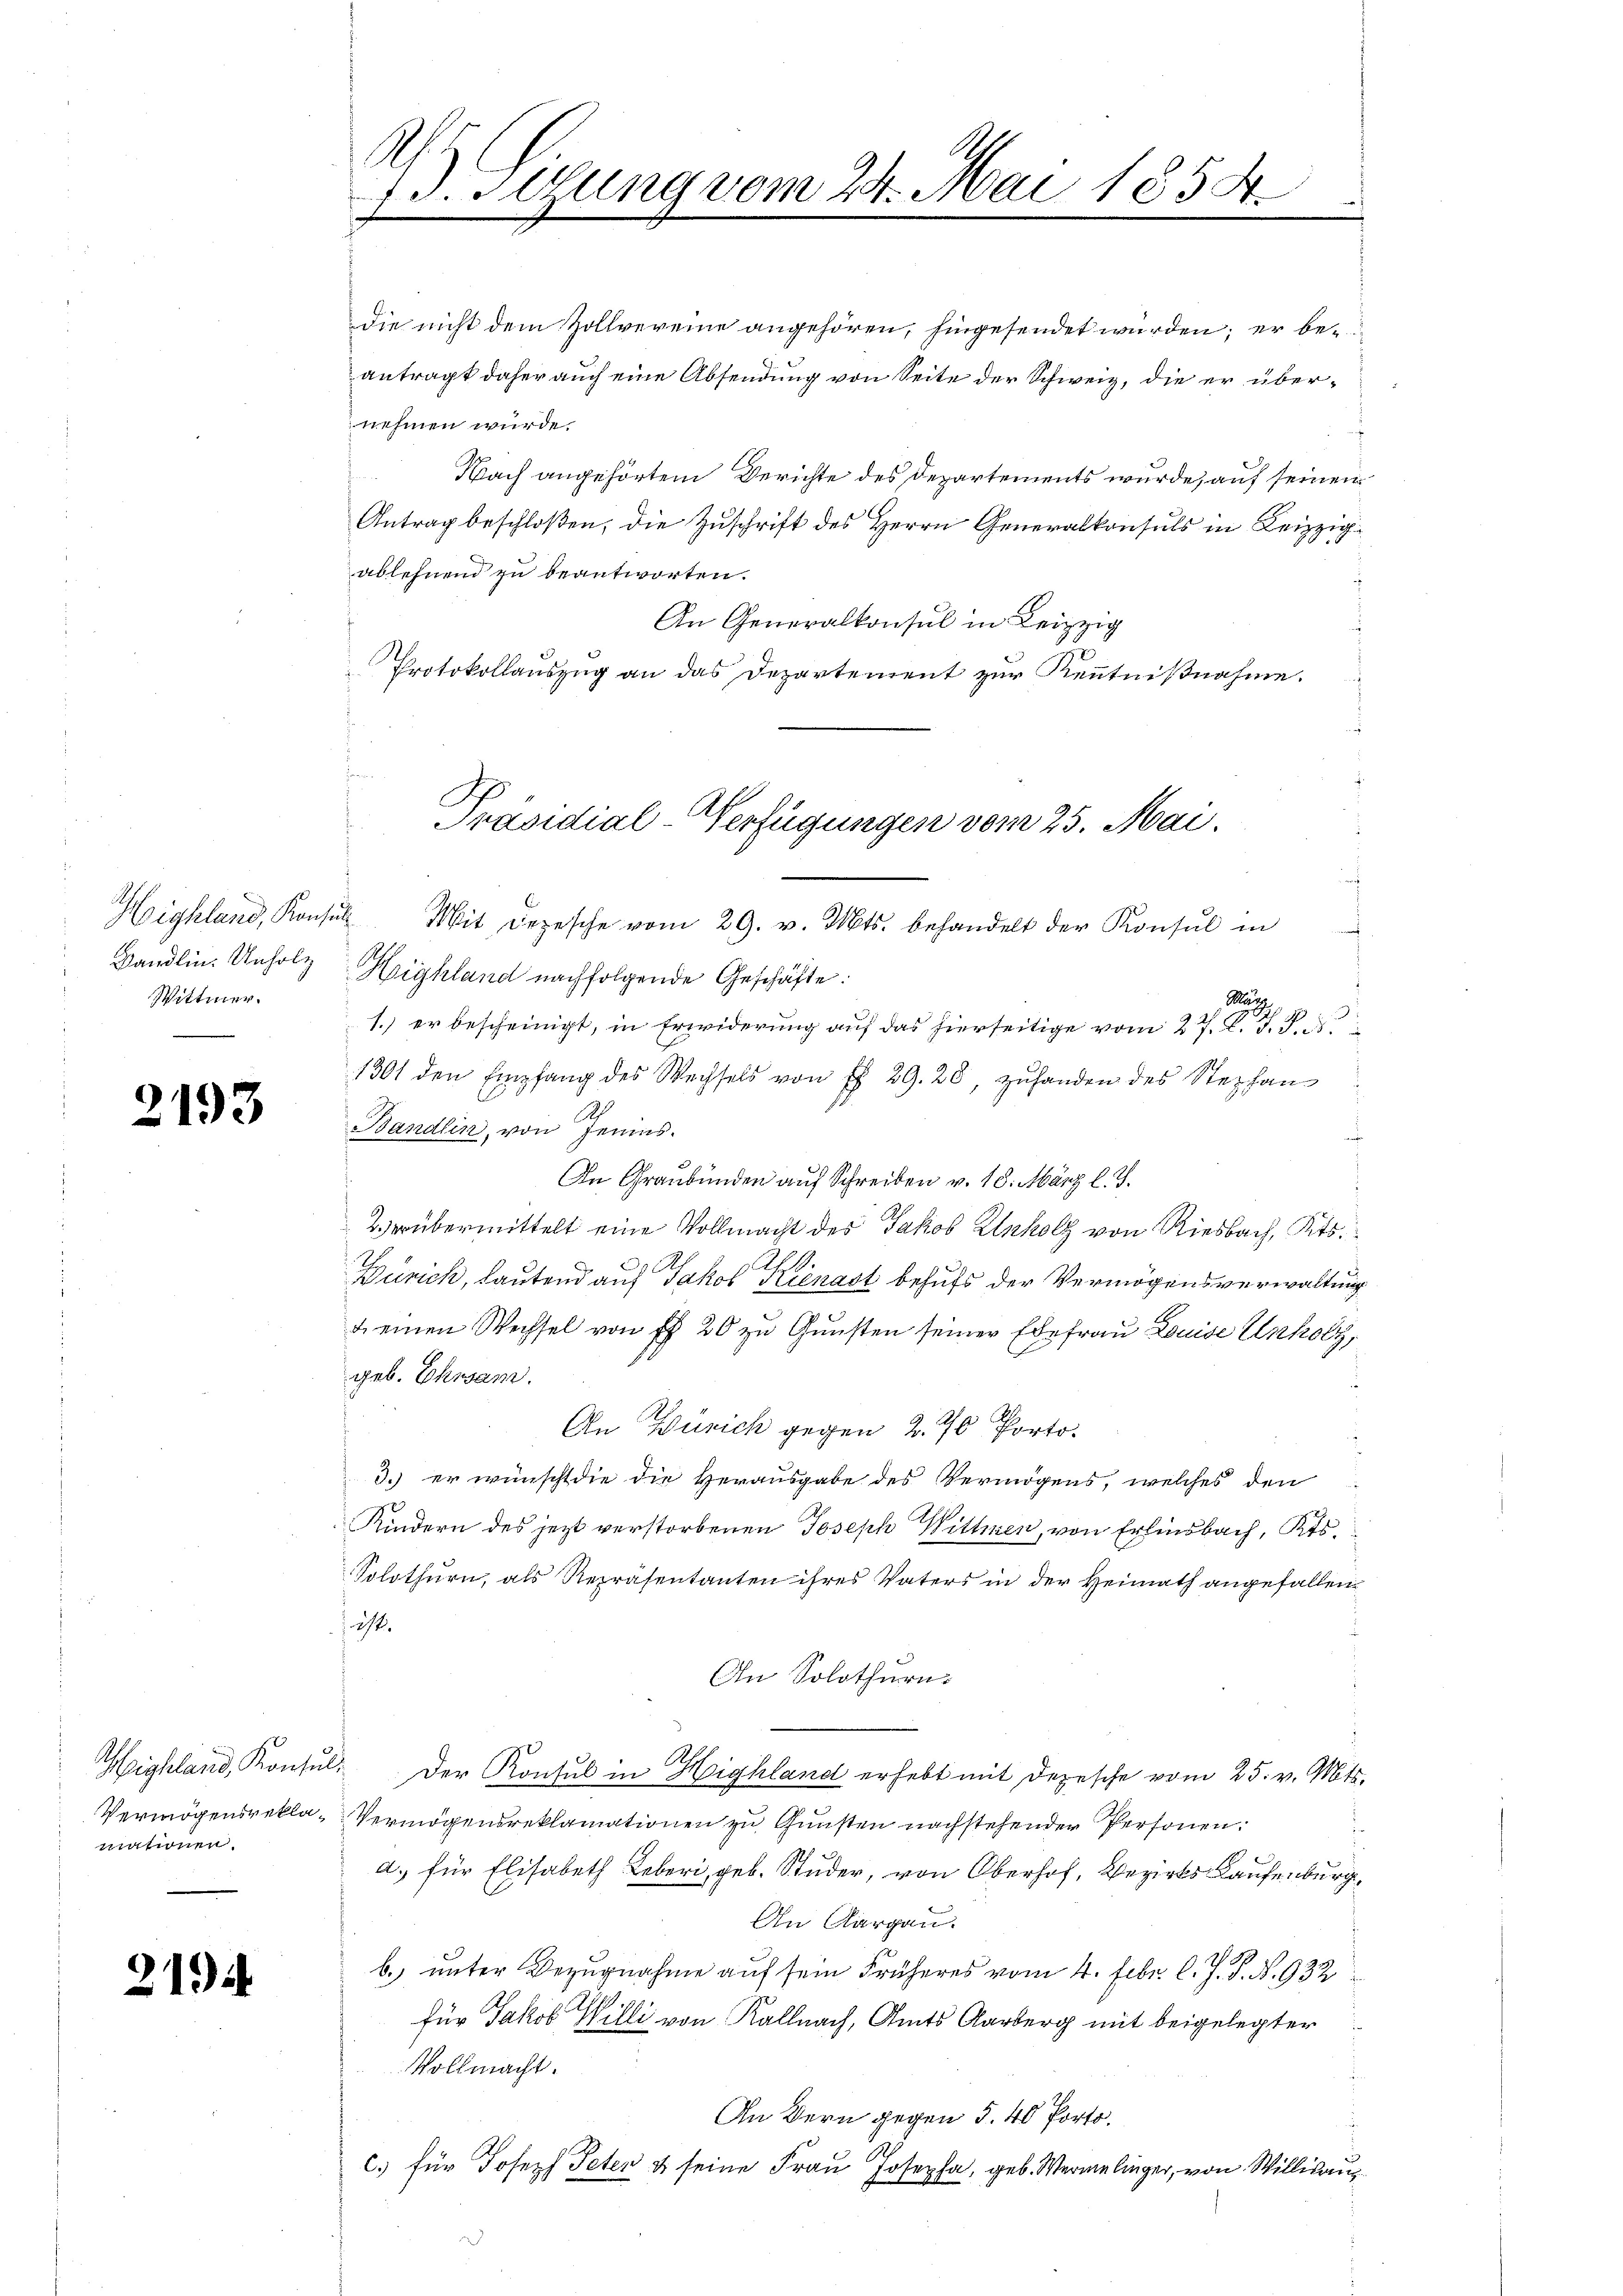
Highland, Konsul
Wittmer.
.

2193

mationen.

219.

die nicht dem Zollvereine angehören, hingesendet wurden; er beantragt daher auch eine Absendung von Seite der Schweiz, die er übernehmen würde.
 Nach angehörtem Berichte des Departements wurde, auf seinen
Antrag beschloßen, die Zŭschrift des Herrn Generalkonsuls in Leipzig
ablehnend zu beantworten.
An Generall in Lei
Protokollauszug an das Departement zur Kenntnißnahme.
Mit depesche vom 29. v. Mts. behandelt der Konsul in
Bandlin. Unholz Highland nachfolgende Geschäfte.
a
1.) er bescheinigt, in Erwiderung auf das hierseitige vom 27. d. J. J.
1301 den Empfang des Wechsels von ff. 29. 20, zŭhanden des Stephan
2
Bandlin, von Jenius.
An Graubünden auf Schreiben v. 18. März l. J.
Verübermittelt eine Vollmacht des Jakob Kluholz von Riesbach, Kts.
Zürich, lautend auf Jakob Kienast behufs der Vermögensverwaltung
k einen Wechsel von fl 20 zu Gunsten seiner Ehefrau Louise Unholz,
geb. Ehrsam.
An Zürich gegen 2. 70 Porto.
3.) er wünscht die die Herausgabe des Vermögens, welches den
Kindern des jezt verstorbenen Joseph Wittwen, von Erlinsbach, Kts.
Solothurn, als Repräsentanten ihres Vaters in der Heimath angefallen
 ist.
An Solothurn.
S.
Highland, Konsŭl. Der Konsul in Highland erhebt mit Depesche vom 25. v. Mts.
Vermögensrekla-Vermögensreklamationen zu Gunsten nachstehender Personen.
d. für Elisabeth Leber, geb. Studer, von Oberhof, Bezirks Kaufenburg,
An Aargau.
b. unter Bezugnahme auf sein Früheres vom 4. Febr. l. J. P. N. 932
für Jakob Willi von Kalnach, Amts Aarberg mit beigelegter
Vollmacht.
An Bern gegen 5.40 Porto.
c.) für Joseph Peter & seine Frau Josepha, geb. Wermelinger, von Williaus¬

Ah
A
7J.Sezung vom 24. Mai 1838.

Präsidial-Verfügungen vom 25. Mai.